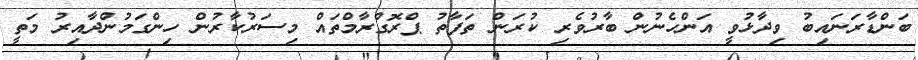
ބަންޑާރަނައިބު ވިދާޅުވީ އަންހެނުން ބާރުވެރި ކުރަން ތަފާތު ޕްރޮގްރާމްތައް މިސަރުކާރުން ހިންގަމުންދާއިރު މަތީ